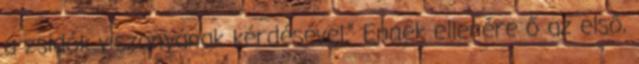
a zsidók viszonyának kérdésével.” Ennek ellenére ő az első,